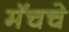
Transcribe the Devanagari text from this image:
मॅचचे